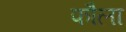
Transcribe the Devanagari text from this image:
फौला